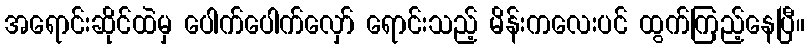
အရောင်းဆိုင်ထဲမှ ပေါက်ပေါက်လှော် ရောင်းသည့် မိန်းကလေးပင် ထွက်ကြည့်နေပြီ။